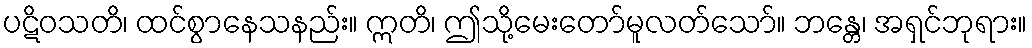
ပဋိဝသတိ၊ ထင်စွာနေသနည်း။ ဣတိ၊ ဤသို့မေးတော်မူလတ်သော်။ ဘန္တေ၊ အရှင်ဘုရား။